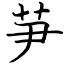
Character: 芛